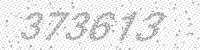
Solution: 373613